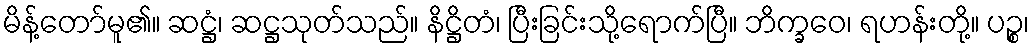
မိန့်တော်မူ၏။ ဆဋ္ဌံ၊ ဆဋ္ဌသုတ်သည်။ နိဋ္ဌိတံ၊ ပြီးခြင်းသို့ရောက်ပြီ။ ဘိက္ခဝေ၊ ရဟန်းတို့။ ပဉ္စ၊